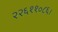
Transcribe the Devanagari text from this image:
२२६११०८६।